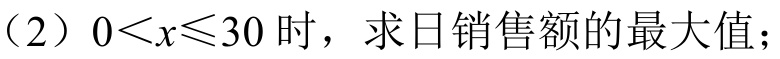
（2）\(0<x\leqslant30\) 时，求日销售额的最大值；